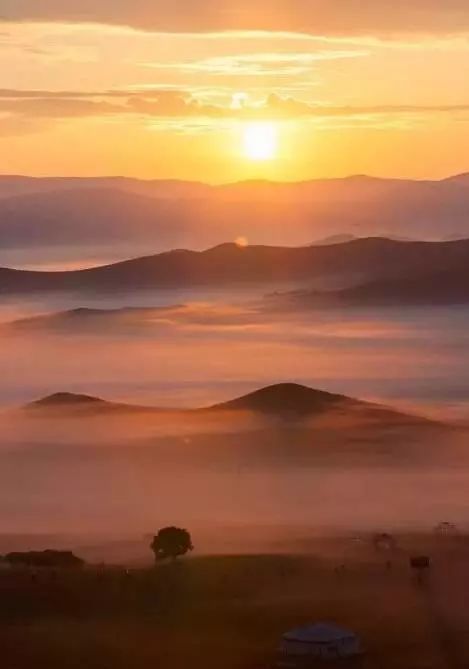
居庸关上子规啼，饮马流泉落日低。